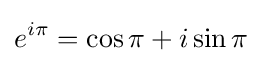
e^{i\pi }=\cos \pi +i\sin \pi